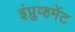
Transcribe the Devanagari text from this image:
इंप्रुव्हमेंट